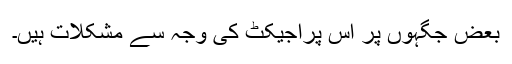
بعض جگہوں پر اس پراجیکٹ کی وجہ سے مشکلات ہیں۔